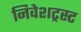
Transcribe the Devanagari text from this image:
निवेशट्रस्ट